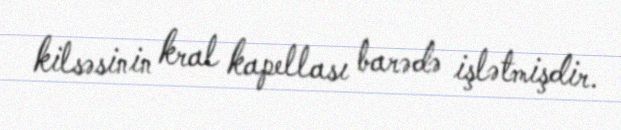
kilsəsinin kral kapellası barədə işlətmişdir.